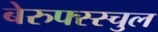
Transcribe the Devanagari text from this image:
बेरुफ्स्स्चुल